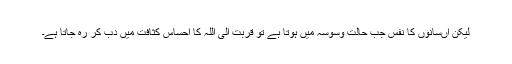
لیکن اںسانوں کا نفس جب حالت وسوسہ میں ہوتا ہے تو قربت الی اللہ کا احساس کثافت میں دب کر رہ جاتا ہے۔